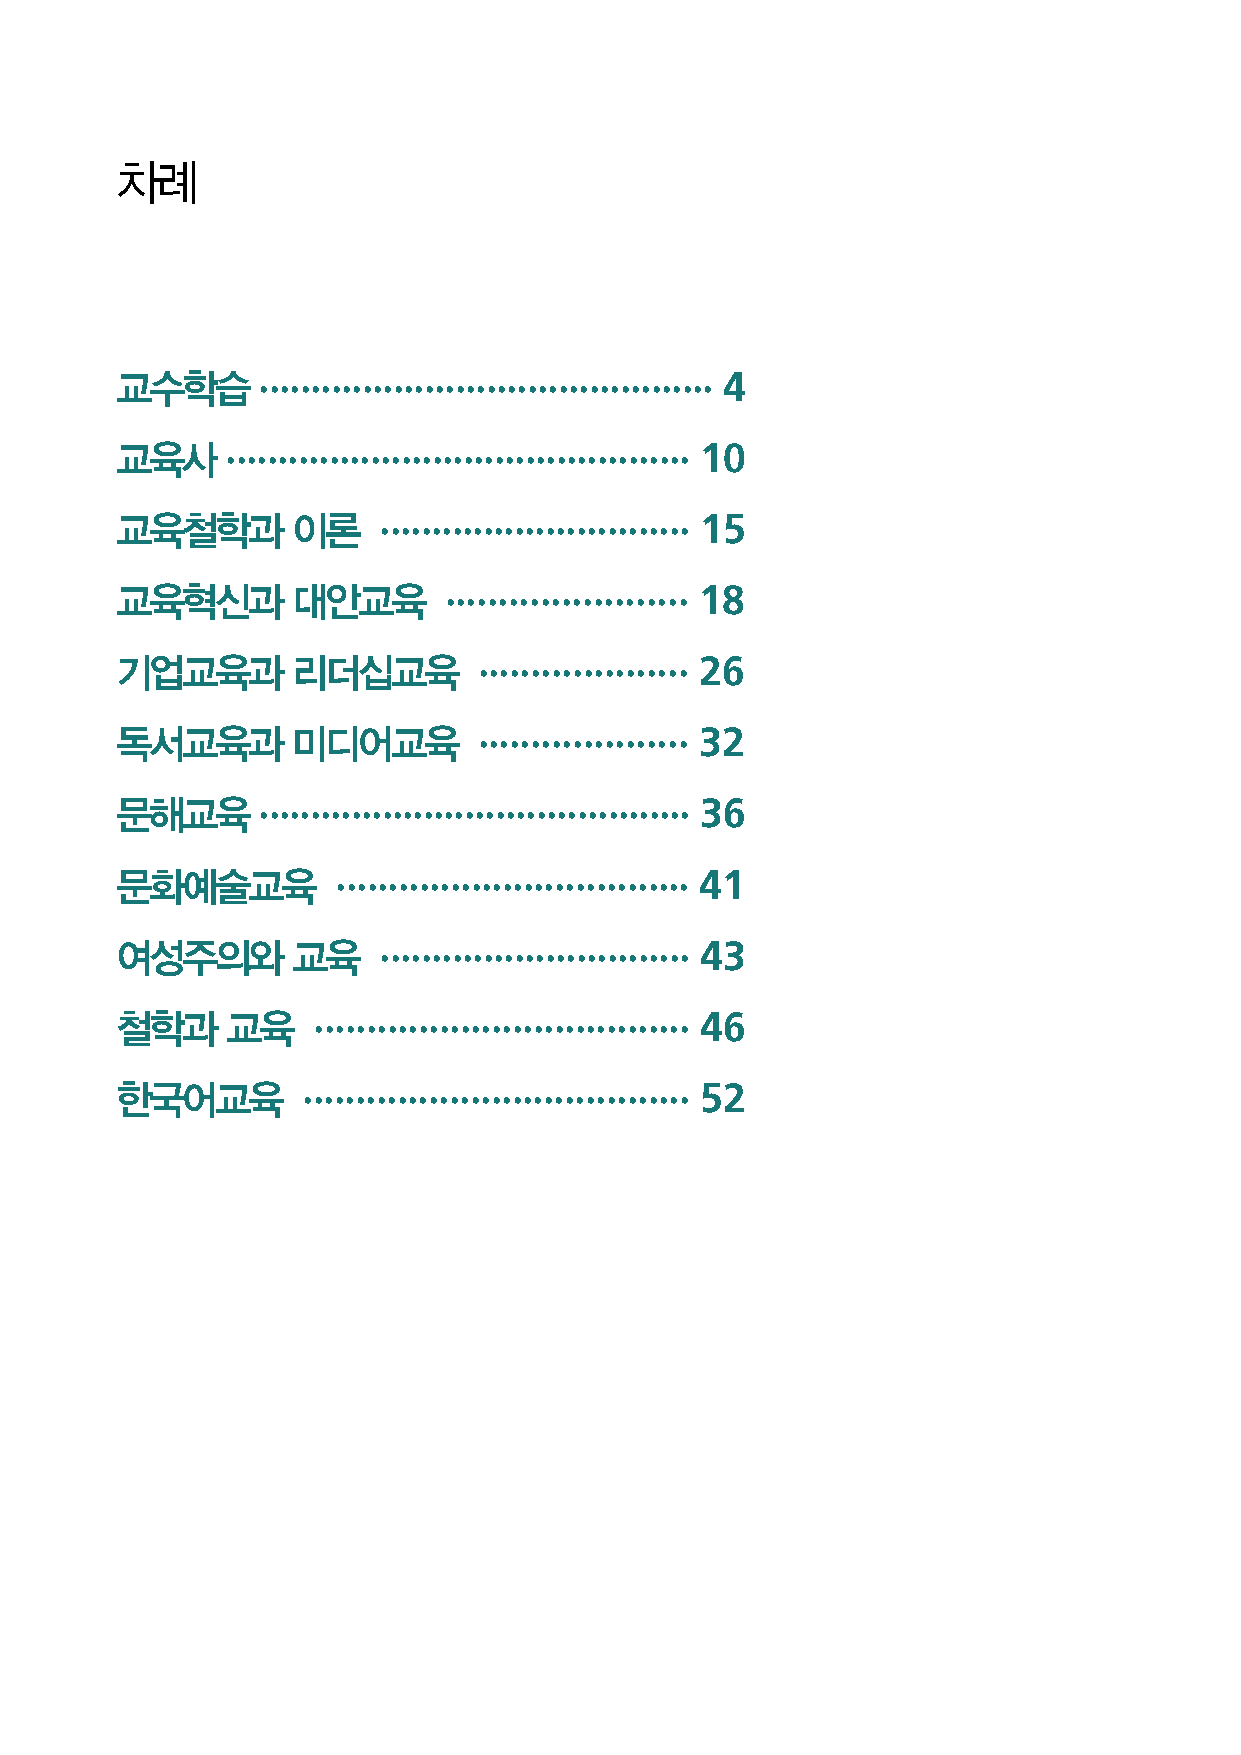
차례
 교수학습     ············································ 4
 교육사    ············································· 10
 교육철학과      이론    ······························ 15
 교육혁신과      대안교육      ······················· 18
 기업교육과      리더십교육        ···················· 26
 독서교육과      미디어교육        ···················· 32
 문해교육     ·········································· 36
 문화예술교육        ·································· 41
 여성주의와      교육    ······························ 43
 철학과    교육    ···································· 46
 한국어교육       ····································· 52